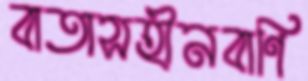
বাতাসহীনবাণি